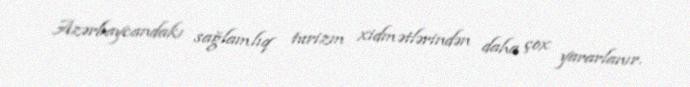
Azərbaycandakı sağlamlıq turizm xidmətlərindən daha çox yararlanır.